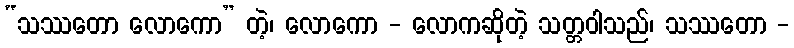
“သဿတော လောကော” တဲ့၊ လောကော - လောကဆိုတဲ့ သတ္တဝါသည်၊ သဿတော -